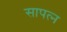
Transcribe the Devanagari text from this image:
सापत्‍न